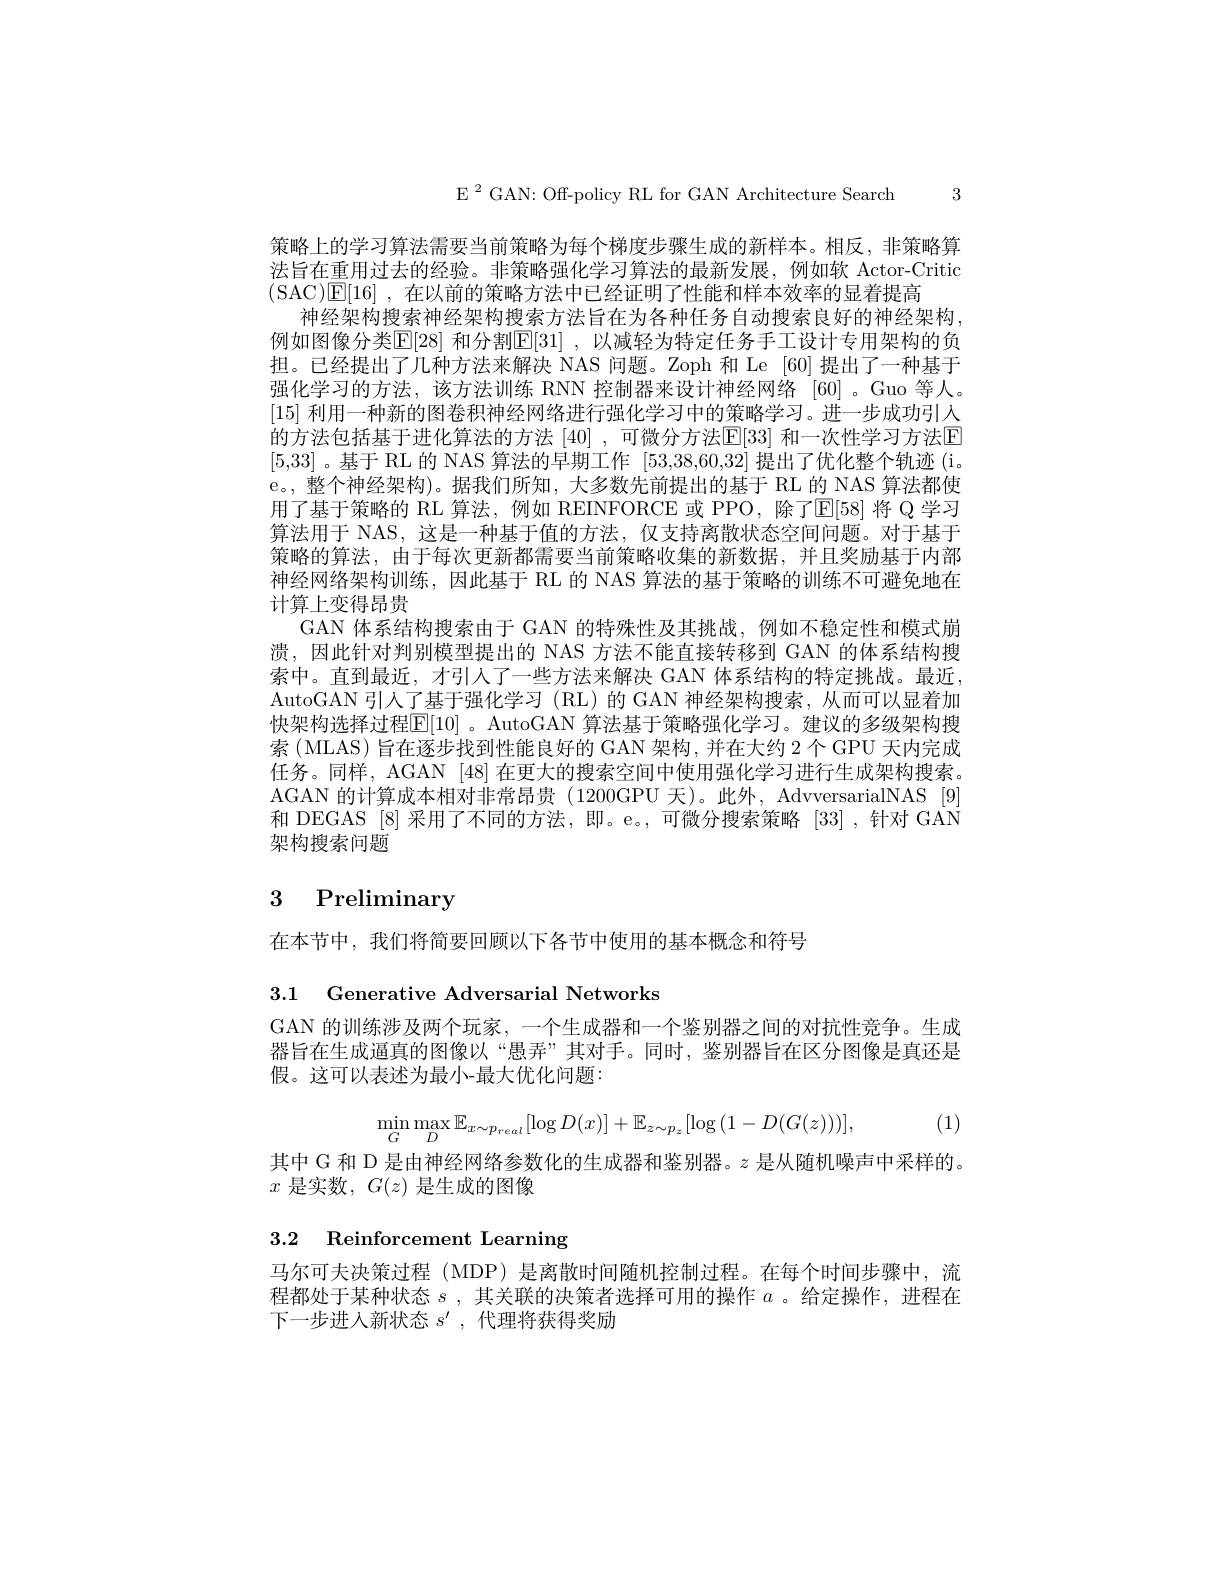
E $^2$GAN: Off-policy RL for GAN Architecture Search 3

策略上的学习算法需要当前策略为每个梯度步骤生成的新样本。相反，非策略算法旨在重用过去的经验。非策略强化学习算法的最新发展，例如软 Actor-Critic (SAC)[E[16] ,在以前的策略方法中已经证明了性能和样本效率的显着提高
神经架构搜索神经架构搜索方法旨在为各种任务自动搜索良好的神经架构， 例如图像分类[E[28] 和分割$\mathbb{E}[31]$ ,以减轻为特定任务手工设计专用架构的负担。已经提出了几种方法来解决 NAS 问题。Zoph 和 Le [60] 提出了一种基于强化学习的方法，该方法训练 RNN 控制器来设计神经网络[60]。Guo 等人。[15]利用一种新的图卷积神经网络进行强化学习中的策略学习。进一步成功引人的方法包括基于进化算法的方法[40],可微分方法$\mathbb{E}[33]$和一次性学习方法E [5,33]。基于 RL 的 NAS 算法的早期工作[53,38,60,32]提出了优化整个轨迹(i。e。,整个神经架构)。据我们所知，大多数先前提出的基于 RL 的 NAS 算法都使用了基于策略的 RL 算法，例如 REINFORCE 或 PPO, 除了E[58] 将 Q 学习算法用于 NAS, 这是一种基于值的方法，仅支持离散状态空间问题。对于基于策略的算法，由于每次更新都需要当前策略收集的新数据，并且奖励基于内部神经网络架构训练，因此基于 RL 的 NAS 算法的基于策略的训练不可避免地在计算上变得昂贵
GAN 体系结构搜索由于 GAN 的特殊性及其挑战，例如不稳定性和模式崩溃，因此针对判别模型提出的 NAS 方法不能直接转移到 GAN 的体系结构搜索中。直到最近，才引人了一些方法来解决 GAN 体系结构的特定挑战。最近， AutoGAN 引人了基于强化学习 (RL) 的 GAN 神经架构搜索，从而可以显着加快架构选择过程$\mathbb{E}[10]$。AutoGAN 算法基于策略强化学习。建议的多级架构搜索 (MLAS) 旨在逐步找到性能良好的 GAN 架构，并在大约 2 个 GPU 天内完成任务。同样，AGAN [48] 在更大的搜索空间中使用强化学习进行生成架构搜索。AGAN 的计算成本相对非常昂贵 (1200GPU 天)。此外，AdvversarialNAS [9] 和 DEGAS [8] 采用了不同的方法，即。e。,可微分搜索策略 [33] ,针对 GAN 架构搜索问题

# 3 Preliminary

在本节中，我们将简要回顾以下各节中使用的基本概念和符号

3.1 Generative Adversarial Networks

GAN 的训练涉及两个玩家，一个生成器和一个鉴别器之间的对抗性竞争。生成器旨在生成逼真的图像以“愚弄”其对手。同时，鉴别器旨在区分图像是真还是假。这可以表述为最小-最大优化问题：

(1)
$$\min\limits_{G}\max\limits_{D}\mathbb{E}_{x\sim p_{real}}[\log D(x)]+\mathbb{E}_{z\sim p_{z}}[\log{(1-D(G(z)))}],$$
其中 G 和 D 是由神经网络参数化的生成器和鉴别器。$z$是从随机噪声中采样的。
$x$是实数，$G(z)$是生成的图像

3.2 Reinforcement Learning

马尔可夫决策过程 (MDP) 是离散时间随机控制过程。在每个时间步骤中，流程都处于某种状态$s$,其关联的决策者选择可用的操作$a$ 。给定操作，进程在下一步进入新状态$s^\prime$,代理将获得奖励